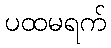
ပထမရက်